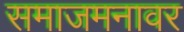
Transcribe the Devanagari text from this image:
समाजमनावर